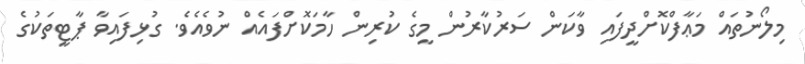
މިލޯނުތައް މަޢާފްކޮށްދީފައި ވާކަން ސަރުކާރުން މީގެ ކުރިން ހާމަކޮށްފައެއް ނުވެއެވެ. ގުޅިފައިވާ ޕާޓީތަކުގެ